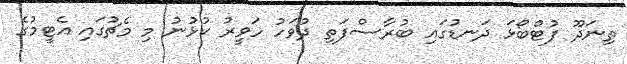
ތިނަދޫ ފުޓްބޯޅަ ދަނޑުގައި ބުރާސްފަތި ދުވަހު ހަވީރު ކުޅުނު މި މެޗުގައި އެޓީމުގެ